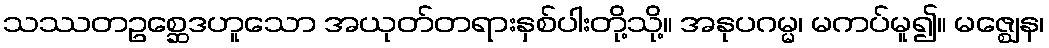
သဿတဥစ္ဆေဒဟူသော အယုတ်တရားနှစ်ပါးတို့သို့။ အနုပဂမ္မ၊ မကပ်မူ၍။ မဇ္ဈေန၊